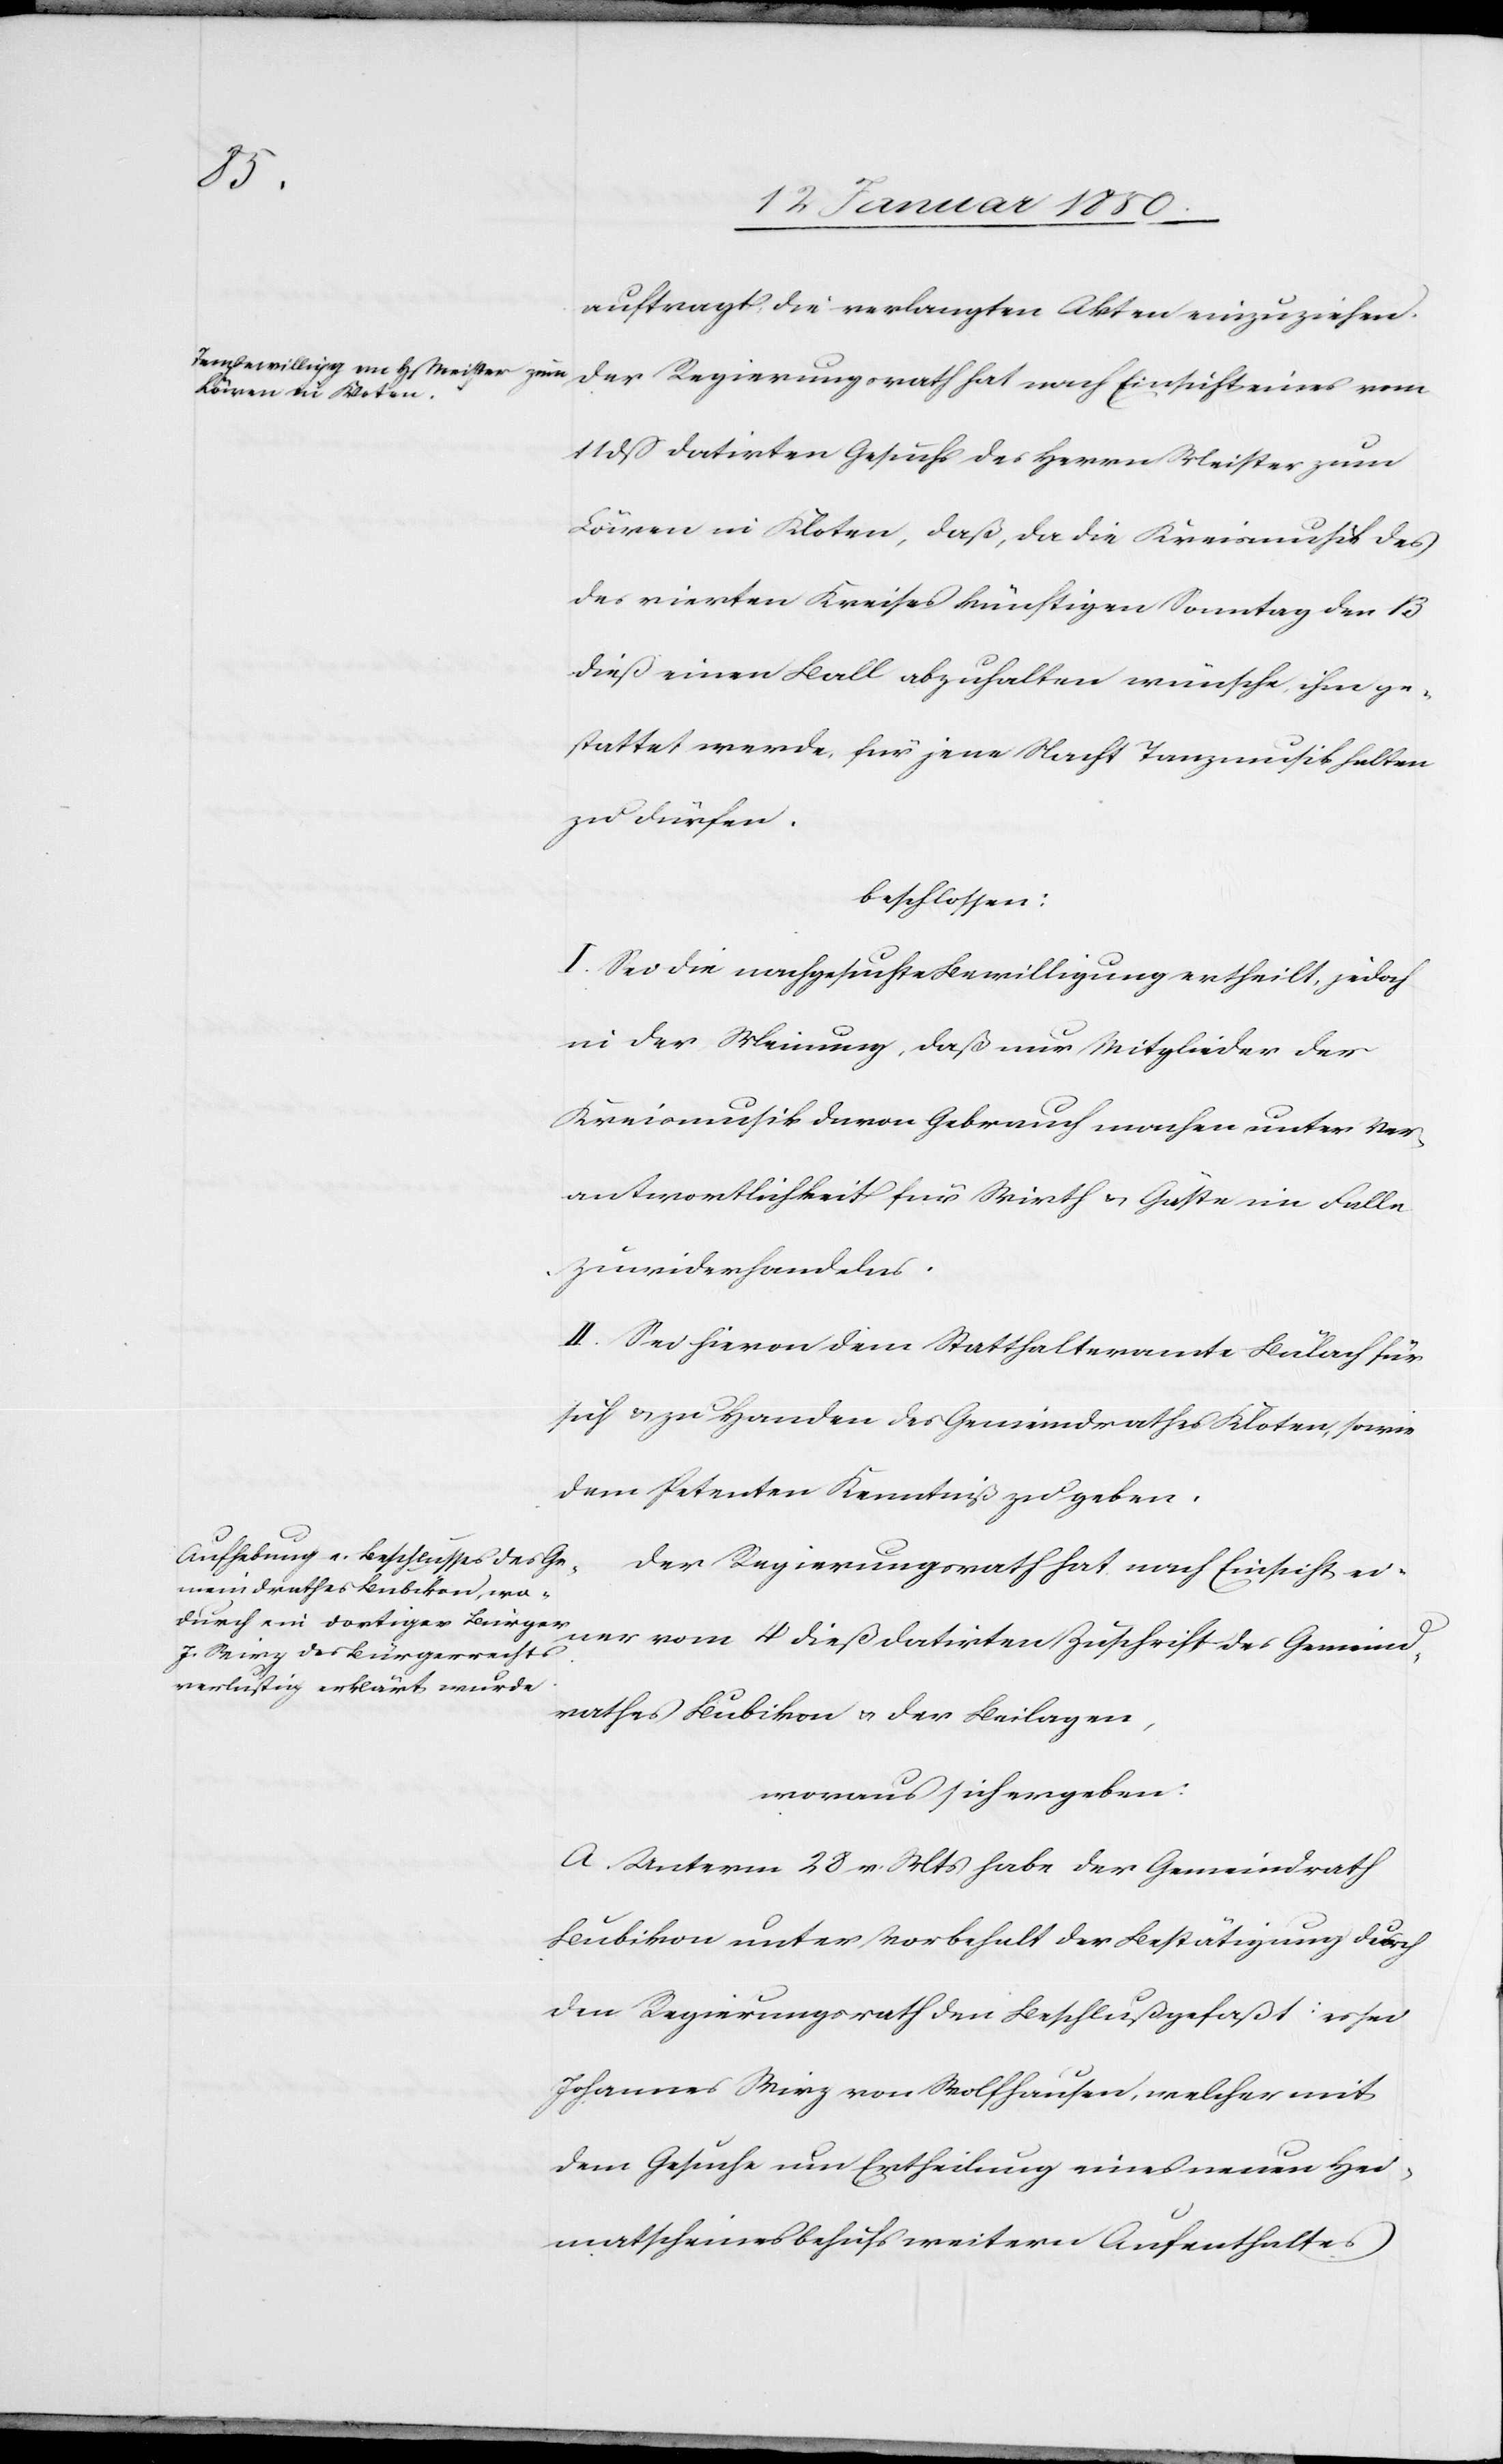
auftragt, die verlangten Akten einzuziehen.
Der Regierungsrath hat nach Einsicht eines vom
11 dß datirten Gesuchs des Herrn Meister zum
Löwen in Kloten, daß, da die Kreismusik des
vierten Kreises künftigen Sonntag den 13
dieß einen Ball abzuhalten wünsche, ihm ge¬
stattet werde, für jene Nacht Tanzmusik halten
zu dürfen.
beschlossen:
I. Sei die nachgesuchte Bewilligung ertheilt, jedoch
in der Meinung, daß nur Mitglieder der
Kreismusik davon Gebrauch machen unter Ver¬
antwortlichkeit für Wirth u. Gäste im Falle
Zuwiderhandelns.
II. Sei hievon dem Statthalteramte Bülach für
sich u. zu Handen des Gemeindrathes Kloten, sowie
dem Petenten Kenntniß zu geben.
Der Regierungsrath hat nach Einsicht ei¬
ner vom 4 dieß datirten Zuschrift des Gemeind¬
rathes Bubikon u. der Beilagen,
woraus sich ergeben:
A. Unterm 28 v. Mts habe der Gemeindrath
Bubikon unter Vorbehalt der Bestätigung durch
den Regierungsrath den Beschluß gefaßt: es sei
Johannes Wirz von Wolfhausen, welcher mit
dem Gesuche um Ertheilung eines neuen Hei¬
mathscheines behufs weitern Aufenthaltes